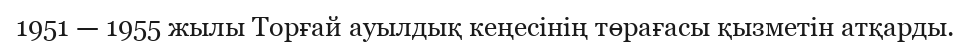
1951 — 1955 жылы Торғай ауылдық кеңесінің төрағасы қызметін атқарды.